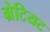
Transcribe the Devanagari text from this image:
ग्रेटियट